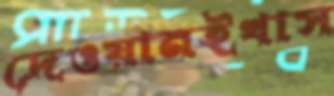
দেওয়ানইখাস